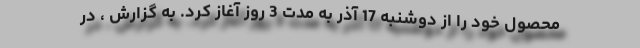
محصول خود را از دوشنبه 17 آذر به مدت 3 روز آغاز کرد. به گزارش ، در